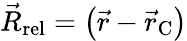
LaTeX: {\vec{R}_{\mathrm{rel}}}=\left({\vec{r}}-{\vec{r}_{\mathrm{C}}}\right)